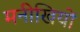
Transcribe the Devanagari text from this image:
मनीखियों